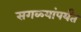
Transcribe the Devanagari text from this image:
सगळ्यांपर्यंत